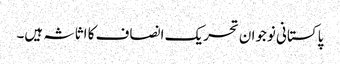
پاکستانی نوجوان تحریک انصاف کا اثاثہ ہیں۔